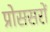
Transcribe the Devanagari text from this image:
प्रोससरों